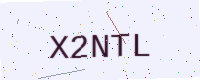
Text: X2NTL